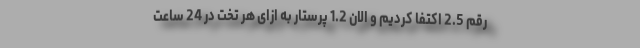
رقم 2‌.5 اکتفا کردیم و الان 1.2 پرستار به ازای هر تخت در 24 ساعت